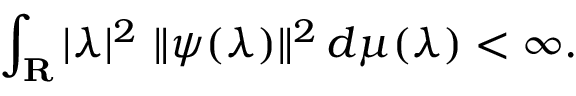
\int _ { \mathbf { R } } | \lambda | ^ { 2 } \ \| \psi ( \lambda ) \| ^ { 2 } \, d \mu ( \lambda ) < \infty .